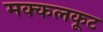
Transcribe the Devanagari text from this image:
मक्कलकूट